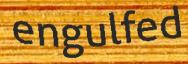
engulfed